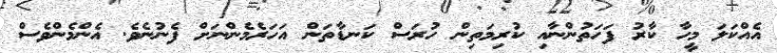
އެއްކަލަ މީހާ ކާރު ފަހަތުންނާއި ކުރިމަތިން ހުރަސް ކަނޑާތަން އަހަރެމެންނަށް ފެނުނެވެ. އެންމެންވެސް